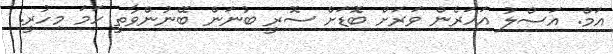
އަމް. އަސްލު އަހަރެން ވަރަށް ބޮޑަށް ސޮރީ ބުނަން ބޭނުންވާތީ ހަމަ މިހުރީ.